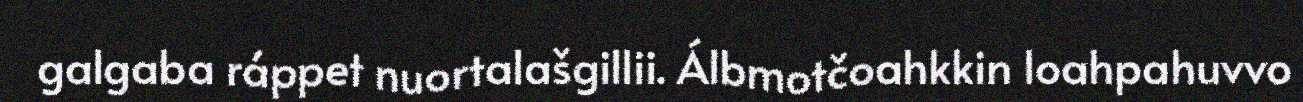
galgaba ráppet nuortalašgillii. Álbmotčoahkkin loahpahuvvo